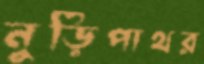
নুড়িপাথর